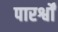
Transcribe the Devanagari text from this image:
पारर्श्वों